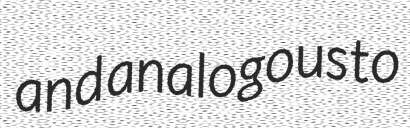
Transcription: and analogous to